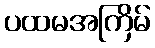
ပထမအကြိမ်